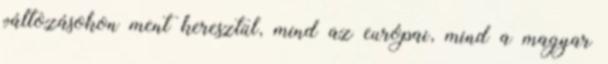
változásokon ment keresztül, mind az európai, mind a magyar